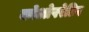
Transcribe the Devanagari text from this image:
कोओपरेटिव